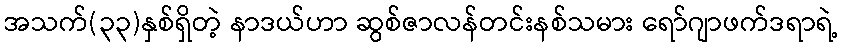
အသက်(၃၃)နှစ်ရှိတဲ့ နာဒယ်ဟာ ဆွစ်ဇာလန်တင်းနစ်သမား ရော်ဂျာဖက်ဒရာရဲ့